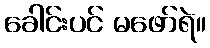
ခေါင်းပင် မဖော်ရဲ။